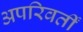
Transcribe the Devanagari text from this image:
अपरिवर्तीं